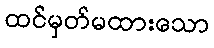
ထင်မှတ်မထားသော